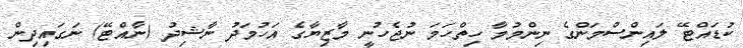
ކުޑައްޓޭ ލައިންސްމަންގެ ނިންމުމާ ހިތްހަމަ ނުޖެހުނީ މާޒިޔާގެ އަހުމަދު ނާޝިދު (ނާއްޓޭ) ނަގައިދިން